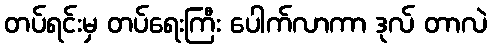
တပ်ရင်းမှ တပ်ရေးကြီး ပေါက်လာကာ ဒုလ် တာလဲ